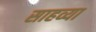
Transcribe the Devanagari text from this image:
साहव्या